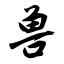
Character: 兽